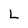
Character: L